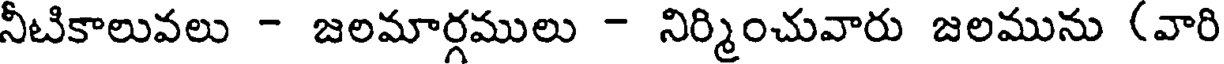
నీటికాలువలు - జలమార్గములు - నిర్మించువారు జలమును (వారి